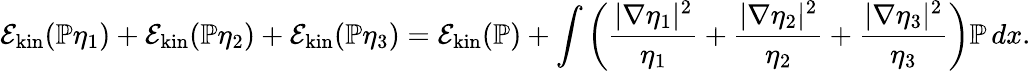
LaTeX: \mathcal E_{\mathrm{kin}}(\mathbb{P}\eta_{1})+\mathcal E_{\mathrm{kin}}(\mathbb{P}\eta_{2})+\mathcal E_{\mathrm{kin}}(\mathbb{P}\eta_{3})=\mathcal E_{\mathrm{kin}}(\mathbb{P})+\int\left(\frac{|\nabla\eta_{1}|^{2}}{\eta_{1}}+\frac{|\nabla\eta_{2}|^{2}}{\eta_{2}}+\frac{|\nabla\eta_{3}|^{2}}{\eta_{3}}\right)\mathbb{P}\, dx.